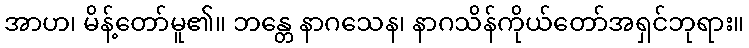
အာဟ၊ မိန့်တော်မူ၏။ ဘန္တေ နာဂသေန၊ နာဂသိန်ကိုယ်တော်အရှင်ဘုရား။